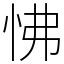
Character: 怫